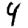
Digit: 4